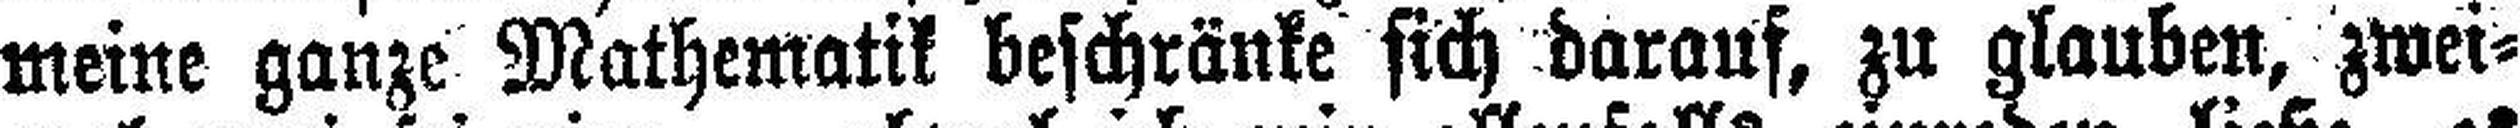
meine ganze Mathematik beschränke sich darauf, zu glauben, zwei¬